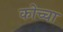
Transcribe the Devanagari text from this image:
कोच्चा